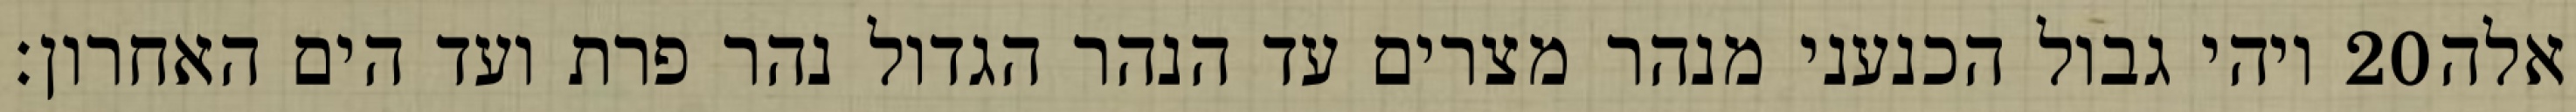
ויהי גבול הכנעני מנהר מצרים עד הנהר הגדול נהר פרת ועד הים האחרון׃ ‎20‏ אלה